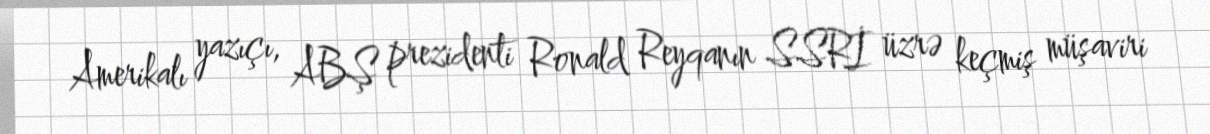
Amerikalı yazıçı, ABŞ prezidenti Ronald Reyqanın SSRİ üzrə keçmiş müşaviri